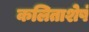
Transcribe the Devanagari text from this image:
कलिताशेषं